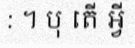
: ។ បុ តើ អ្វី